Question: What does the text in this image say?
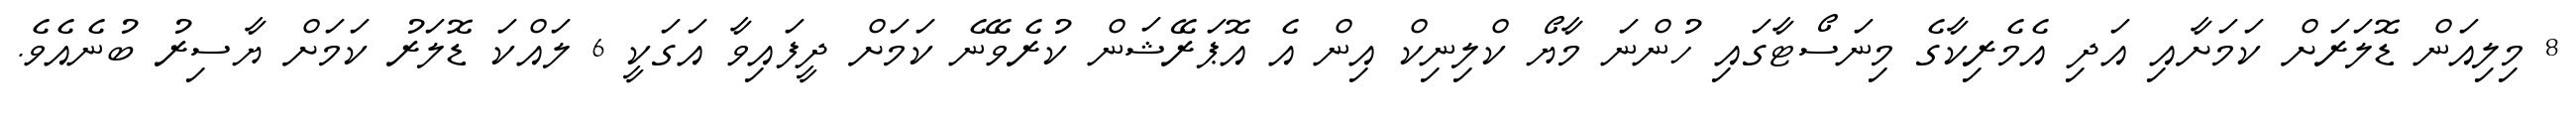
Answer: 8 މިލިއަން ޑޮލަރަށް ކަމަށާއި އަދި އެމެރިކާގެ މިނަސޯޓާގައި ހުންނަ މާޔޯ ކްލިނިކް އިން އެ އޮޕަރޭޝަން ކުރެވޭނެ ކަމަށް ދީފައިވާ އަގަކީ 6 ލައްކަ ޑޮލަރު ކަމަށް ޔާސިރު ބުނެއެވެ.